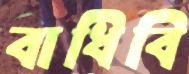
বাধিবি